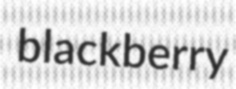
blackberry